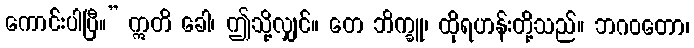
ကောင်းပါပြီ။” ဣတိ ခေါ၊ ဤသို့လျှင်။ တေ ဘိက္ခူ၊ ထိုရဟန်းတို့သည်။ ဘဂဝတော၊